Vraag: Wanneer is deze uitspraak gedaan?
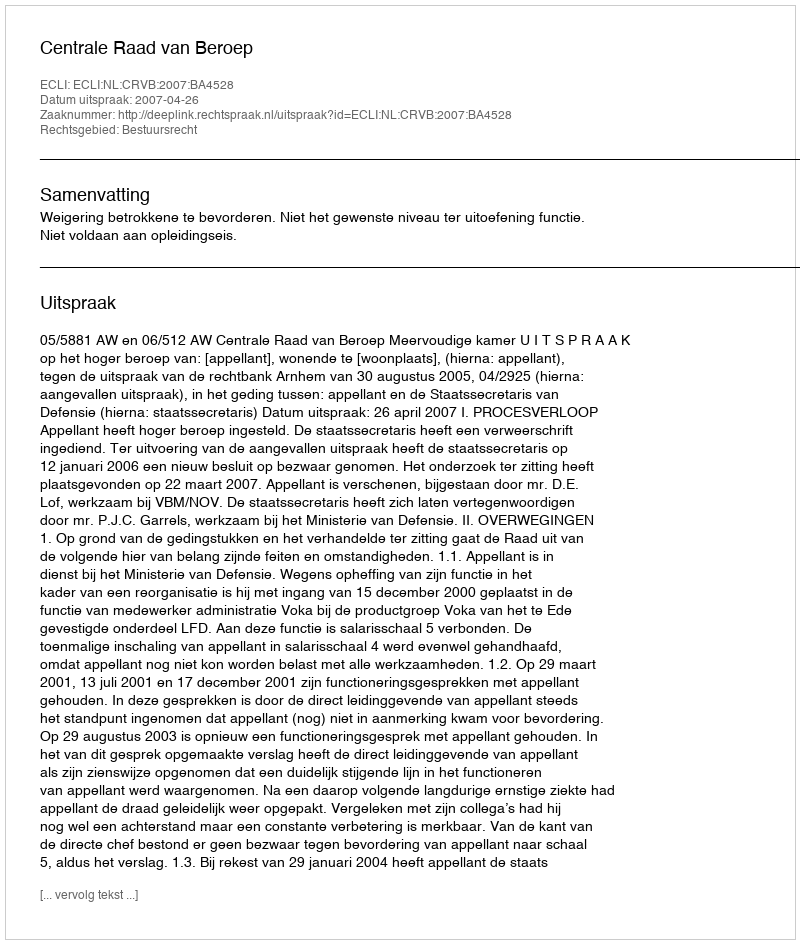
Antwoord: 2007-04-26